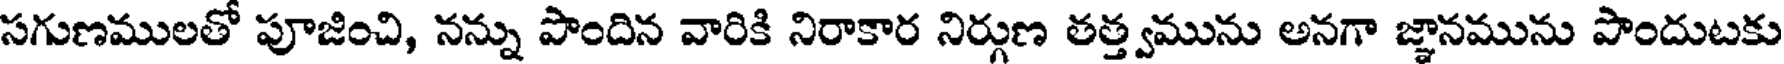
సగుణములతో పూజించి, నన్ను పొందిన వారికి నిరాకార నిర్గుణ తత్త్వమును అనగా జ్ఞానమును పొందుటకు